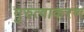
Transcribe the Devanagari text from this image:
गुरुत्वाकरण